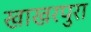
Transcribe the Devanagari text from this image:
खाखरपुरा